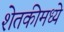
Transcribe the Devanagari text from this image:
शेतकीमध्ये